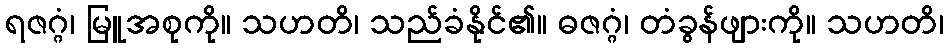
ရဇဂ္ဂံ၊ မြူအစုကို။ သဟတိ၊ သည်ခံနိုင်၏။ ဓဇဂ္ဂံ၊ တံခွန်ဖျားကို။ သဟတိ၊